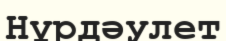
Нұрдәулет